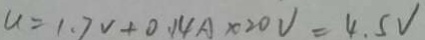
u = 1 . 7 v + 0 . 1 4 A \times 2 0 V = 4 . 5 V